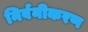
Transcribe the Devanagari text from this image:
निर्वनीकरण